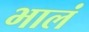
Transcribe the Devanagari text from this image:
भालं